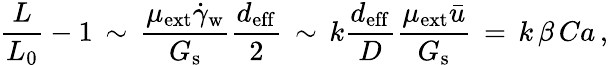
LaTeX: \frac{L}{L_{0}}-1\, \sim\, \frac{\mu_{\mathrm{ext}}\dot{\gamma}_{\mathrm{w}}}{G_{\mathrm{s}}}\frac{d_{\mathrm{eff}}}{2}\, \sim\, k\frac{d_{\mathrm{eff}}}{D}\frac{\mu_{\mathrm{ext}}\bar{u}}{G_{\mathrm{s}}}\, =\, k\, \beta\, Ca\, ,